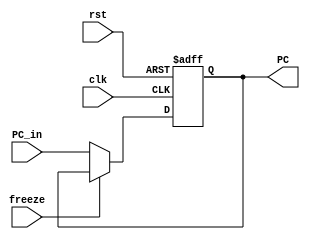
module PC_Reg(
	input clk,
	input rst,
	input freeze,
	input[31:0] PC_in,
	output reg [31:0] PC
);
	always @(posedge clk, posedge rst) begin
		if (rst == 1) PC <= 32'b0;
		else begin
		  if (freeze == 0) PC <= PC_in;
		  else PC <= PC;
		 end
	end
endmodule